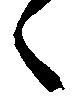
々